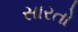
સારતો